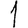
Digit: 1